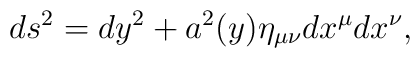
ds^2=dy^2+a^2(y)\eta_{\mu\nu} dx^\mu dx^\nu,